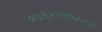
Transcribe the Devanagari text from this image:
०७६२२२९७७६९